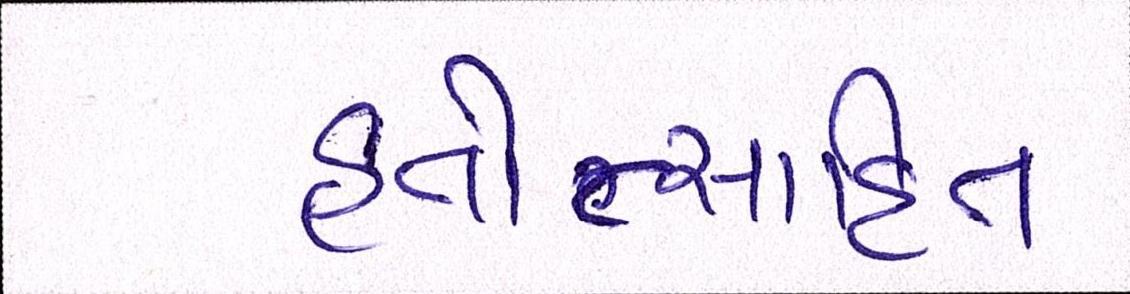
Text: હતોત્સાહિત